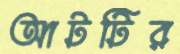
আটটির